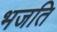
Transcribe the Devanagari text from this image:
भजति